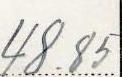
48.85